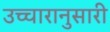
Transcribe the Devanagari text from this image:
उच्चारानुसारी